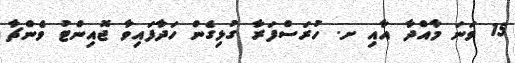
15 ވަނަ މާއްދާ އާއި ށ. ހުރަސްފަރާ ގުޅިގެން ހަދާފައިވާ ޖޮއިންޓު ވެންޗާ